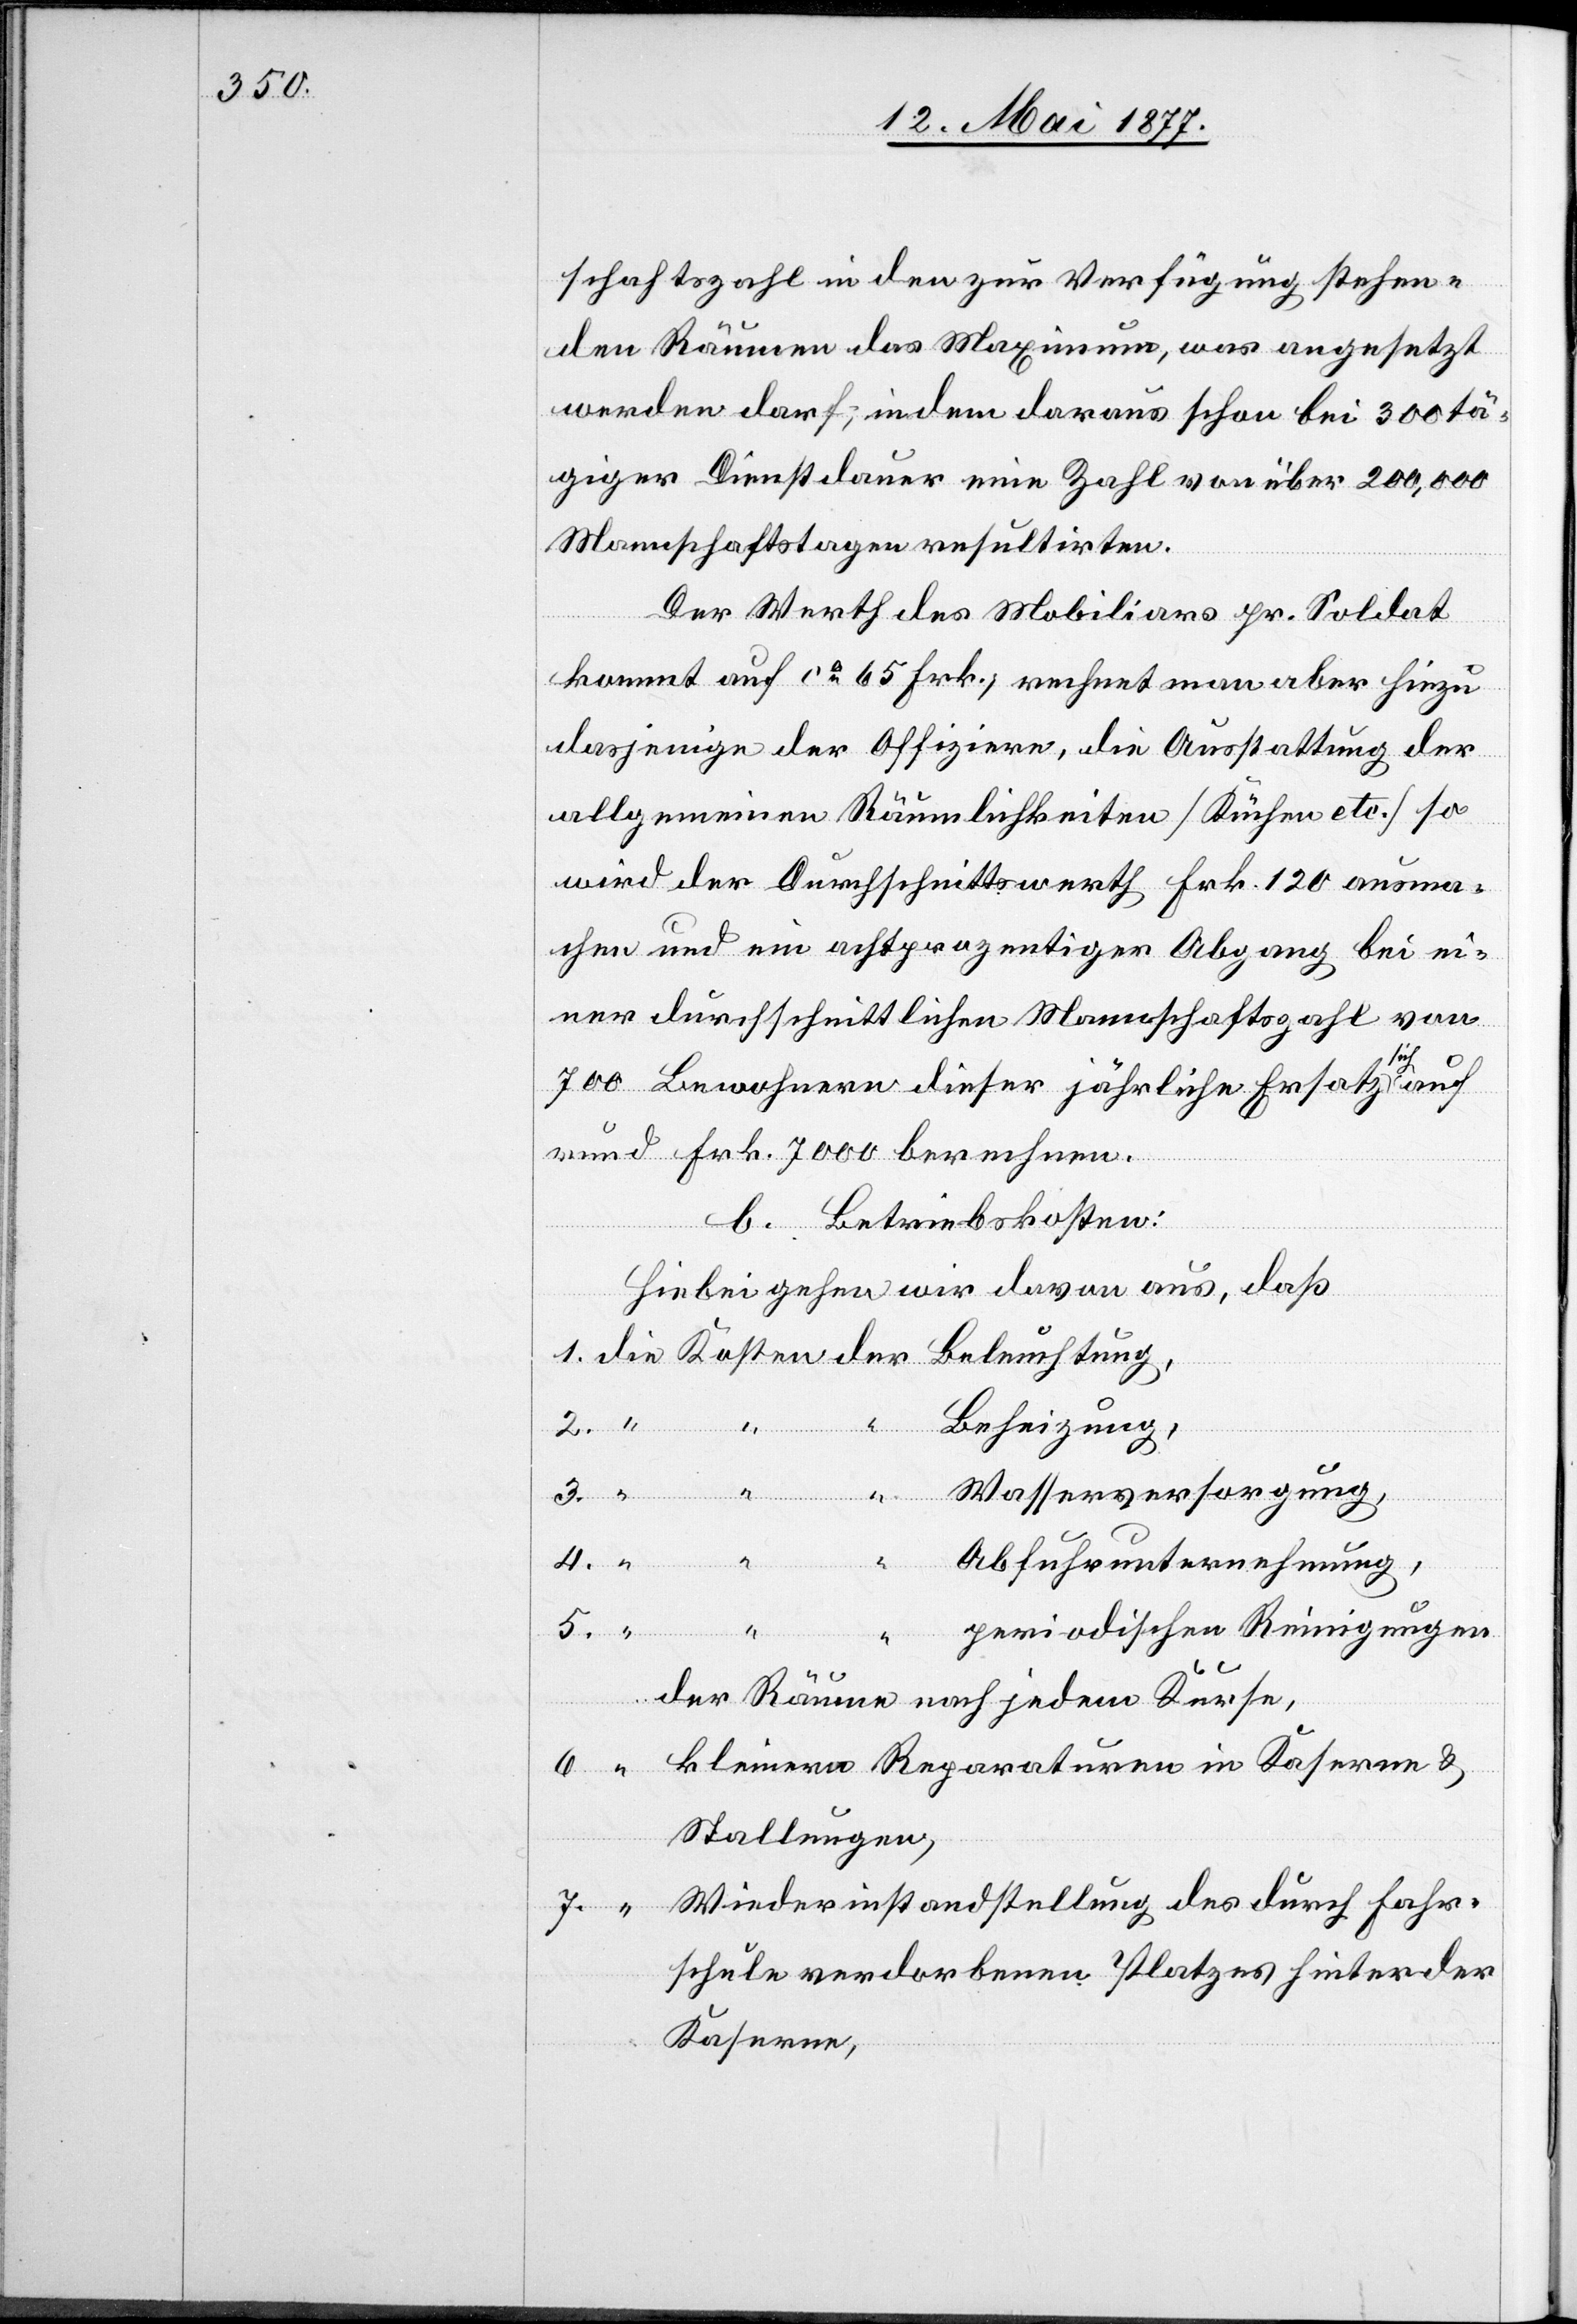
schaftszahl in den zur Verfügung stehen¬
den Räumen das Maximum, was angesetzt
werden darf, indem daraus schon bei 300 tä¬
giger Dienstdauer eine Zahl von über 200,000
Mannschaftstagen resultirten.
Der Werth des Mobiliars pr. Soldat
kommt auf ca 65 Frk., rechnet man aber hiezu
dasjenige der Offiziere, die Ausstattung der
allgemeinen Räumlichkeiten [Küchen etc.] so
wird der Durchschnittswerth Frk. 120 ausma¬
chen und ein achtprozentiger Abgang bei ei¬
ner durchschnittlichen Mannschaftszahl von
die
700 Bewohnern dieser jährliche Ersatz sich auf
rund Frk. 7000 berechnen.
b. Betriebskosten:
Hiebei gehen wir davon aus, daß
Beheizung,
Wasserversorgung,
Beleuchtung,
5.
Abfuhrunternehmung,
“
Kosten
periodischen Reinigungen
6.
der Räume nach jedem Kurse,
kleinern Reparaturen in Kaserne &
Stallungen,
Wiederinstandstellung des durch Fahr¬
schule verdorbenen Platzes hinter der
Kaserne,